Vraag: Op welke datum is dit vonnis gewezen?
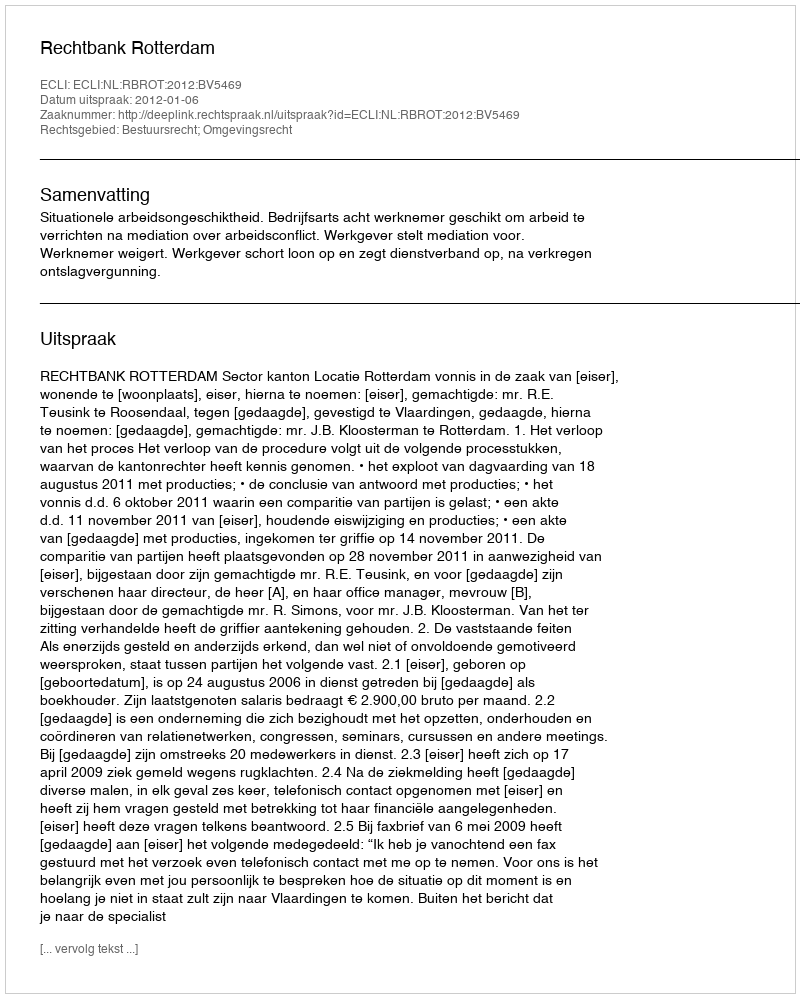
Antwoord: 2012-01-06